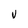
Character: V